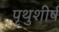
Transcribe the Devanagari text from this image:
पृथुशीर्ष